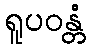
ရူပဝန္တံ